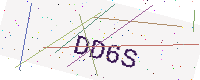
Text: DD6S